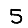
Digit: 5